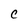
Character: C